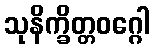
သုနိက္ခိတ္တဝဂ္ဂေါ